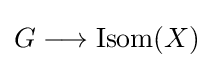
G\longrightarrow \mathrm {Isom} (X)